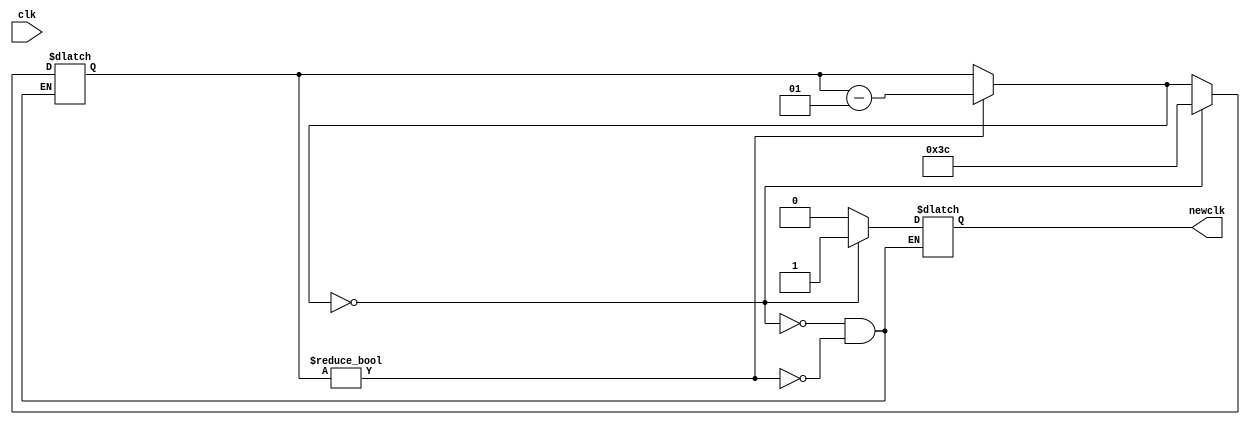
module ClkTest(
  output newclk,
  input clk
);

integer div = 60;
reg newclk = 0;

always @(clk) 
begin
  if (div != 0)
  begin
    newclk = 0;
    div = div - 1;
  end
  if (div == 0)
  begin
    newclk = 1;
    div = 60;
  end
  end
endmodule